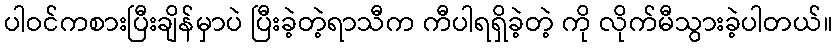
ပါဝင်ကစားပြီးချိန်မှာပဲ ပြီးခဲ့တဲ့ရာသီက ကီပါရရှိခဲ့တဲ့ ကို လိုက်မီသွားခဲ့ပါတယ်။